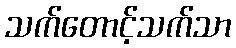
သက်တောင့်သက်သာ